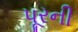
પૂરની